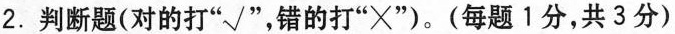
2.判断题(对的打”√”，错的打”×”)。(每题1分，共3分)